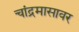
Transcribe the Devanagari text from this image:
चांद्रमासावर